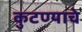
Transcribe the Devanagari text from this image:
कुटण्याचे